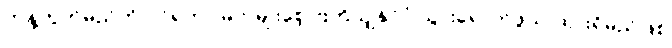
ကန့်ကွက်မည်ကို ဝင်ရတာ မိဘမျိုးစေ့ ဗြိတိသျှနိုင်ငံ သွားရောက်ဖွယ် ထားရှိမည်ဖြစ်